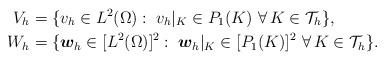
\begin{align*} V_h&=\{ v_h \in L^2(\Omega):\;v_h |_K \in P_1(K)\ \forall\,K\in\mathcal{T}_h\},\\ W_h&=\{ \boldsymbol{w}_h\in[L^2(\Omega)]^2:\; \boldsymbol{w}_h |_K\in [P_1(K)]^2\ \forall\,K\in\mathcal{T}_h\}.\end{align*}